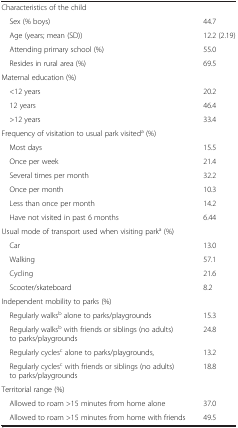
|  |  |
 | --- | --- |
 | Characteristics of the child |  |
 | Sex (% boys) | 44.7 |
 | Age (years; mean (SD)) | 12.2 (2.19) |
 | Attending primary school (%) | 55.0 |
 | Resides in rural area (%) | 69.5 |
 | Maternal education (%) |  |
 | <12 years | 20.2 |
 | 12 years | 46.4 |
 | >12 years | 33.4 |
 | Frequency of visitation to usual park visiteda (%) |  |
 | Most days | 15.5 |
 | Once per week | 21.4 |
 | Several times per month | 32.2 |
 | Once per month | 10.3 |
 | Less than once per month | 14.2 |
 | Have not visited in past 6 months | 6.44 |
 | Usual mode of transport used when visiting parka (%) |  |
 | Car | 13.0 |
 | Walking | 57.1 |
 | Cycling | 21.6 |
 | Scooter/skateboard | 8.2 |
 | Independent mobility to parks (%) |  |
 | Regularly walksb alone to parks/playgrounds | 15.3 |
 | Regularly walksb with friends or siblings (no adults) to parks/playgrounds | 24.8 |
 | Regularly cyclesc alone to parks/playgrounds, | 13.2 |
 | Regularly cyclesc with friends or siblings (no adults) to parks/playgrounds | 18.8 |
 | Territorial range (%) |  |
 | Allowed to roam >15 minutes from home alone | 37.0 |
 | Allowed to roam >15 minutes from home with friends | 49.5 |